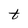
Character: t